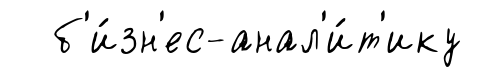
б'и́зн'ес-анал'и́т'ику